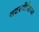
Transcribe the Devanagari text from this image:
यशस्‍वीरित्‍या